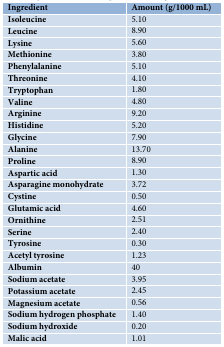
<table><thead><tr><td><b>Ingredient</b></td><td><b>Amount (g/1000 mL)</b></td></tr></thead><tbody><tr><td><b>Isoleucine </b></td><td>5.10</td></tr><tr><td><b>Leucine</b></td><td>8.90</td></tr><tr><td><b>Lysine</b></td><td>5.60</td></tr><tr><td><b>Methionine</b></td><td>3.80</td></tr><tr><td><b>Phenylalanine</b></td><td>5.10</td></tr><tr><td><b>Threonine</b></td><td>4.10</td></tr><tr><td><b>Tryptophan</b></td><td>1.80</td></tr><tr><td><b>Valine</b></td><td>4.80</td></tr><tr><td><b>Arginine</b></td><td>9.20</td></tr><tr><td><b>Histidine </b></td><td>5.20</td></tr><tr><td><b>Glycine</b></td><td>7.90</td></tr><tr><td><b>Alanine</b></td><td>13.70</td></tr><tr><td><b>Proline</b></td><td>8.90</td></tr><tr><td><b>Aspartic acid</b></td><td>1.30</td></tr><tr><td><b>Asparagine monohydrate</b></td><td>3.72</td></tr><tr><td><b>Cystine</b></td><td>0.50</td></tr><tr><td><b>Glutamic acid</b></td><td>4.60</td></tr><tr><td><b>Ornithine</b></td><td>2.51</td></tr><tr><td><b>Serine</b></td><td>2.40</td></tr><tr><td><b>Tyrosine</b></td><td>0.30</td></tr><tr><td><b>Acetyl tyrosine</b></td><td>1.23</td></tr><tr><td><b>Albumin</b></td><td>40 </td></tr><tr><td><b>Sodium acetate</b></td><td>3.95</td></tr><tr><td><b>Potassium acetate</b></td><td>2.45</td></tr><tr><td><b>Magnesium acetate</b></td><td>0.56</td></tr><tr><td><b>Sodium hydrogen phosphate</b></td><td>1.40</td></tr><tr><td><b>Sodium hydroxide</b></td><td>0.20</td></tr><tr><td><b>Malic acid</b></td><td>1.01</td></tr></tbody></table>